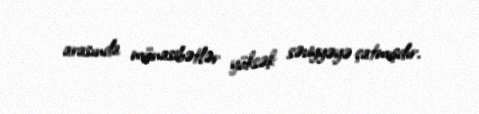
arasında münasibətlər yüksək səviyyəyə çatmışdır.